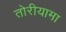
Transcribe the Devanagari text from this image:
तोरीयामा